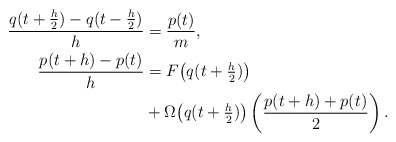
\begin{align*} \frac{q(t+\tfrac{h}{2})-q(t-\tfrac{h}{2})}{h} &= \frac{p(t)}{m}, \\ \frac{p(t+h)-p(t)}{h} &= F \big( q(t+\tfrac{h}{2}) \big) \\ &+ \Omega \big( q(t+\tfrac{h}{2}) \big) \left( \frac{p(t+h)+p(t)}{2} \right) .\end{align*}